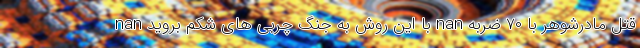
nan با این روش به جنگ چربی های شکم بروید nan قتل مادرشوهر با ۷۰ ضربه